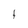
Character: t